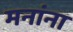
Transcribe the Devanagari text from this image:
मनांना